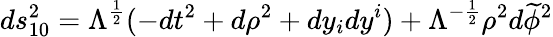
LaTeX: ds_{10}^{2}=\Lambda^{\frac{1}{2}}(-dt^{2}+d\rho^{2}+dy_{i}dy^{i})+\Lambda^{-\frac{1}{2}}\rho^{2}d\widetilde{\phi}^{2}